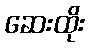
ဆေးထိုး